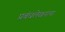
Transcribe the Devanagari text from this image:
प्रबंधलेखनाचा